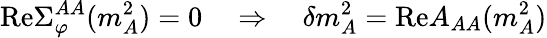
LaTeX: \mathrm{Re}\Sigma_{\varphi}^{AA}(m_{A}^{2})=0\quad\Rightarrow\quad\delta m_{A}^{2}=\mathrm{Re}A_{AA}(m_{A}^{2})